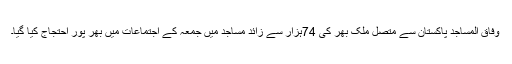
وفاق المساجد پاکستان سے متصل ملک بھر کی 74ہزار سے زائد مساجد میں جمعہ کے اجتماعات میں بھر پور احتجاج کیا گیا۔